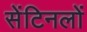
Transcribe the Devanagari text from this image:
सेंटिनलों